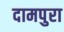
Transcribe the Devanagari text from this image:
दामपुरा